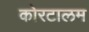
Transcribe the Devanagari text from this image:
कोरटालम